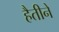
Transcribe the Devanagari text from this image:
हैतीने